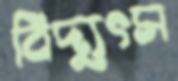
বিদ্যুৎস